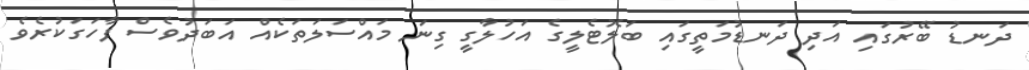
ދަނޑު ބޭރުގައި އަދި ދަނޑުމަތީގައި ބަލޮޓެލީގެ އަހުލާގީ ގިނަ މައްސަލަތަކެއް އަބަދުވެސް ފާހަގަކުރެވެ